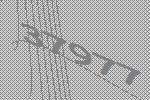
37977